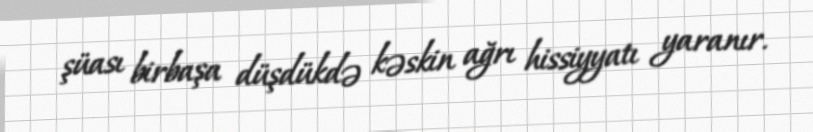
şüası birbaşa düşdükdə kəskin ağrı hissiyyatı yaranır.